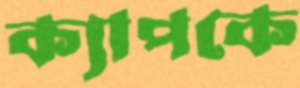
ক্যাপকে